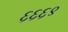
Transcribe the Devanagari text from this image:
६६६९